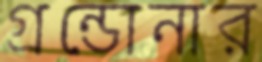
গ্রন্ডোনার